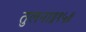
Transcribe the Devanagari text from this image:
तुलना॥१५॥